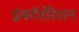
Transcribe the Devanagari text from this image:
इंकॉर्पोरेशन